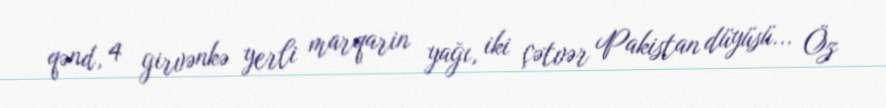
qənd, 4 girvənkə yerli marqarin yağı, iki çətvər Pakistan düyüsü... Öz